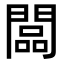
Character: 闆